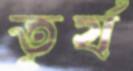
তূর্য